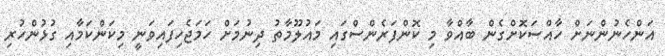
އަންހެނުންނަށް ހާއްސަކޮަށްގެން ބާއްވާ މި ކޮންފަރެންސްގައި މައުލޫމާތު ދިނުމަށް ހަމަޖެހިފައިވަނީ މިކަންކަމާއި ގުޅުންހުރި